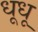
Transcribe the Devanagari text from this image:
धूधू